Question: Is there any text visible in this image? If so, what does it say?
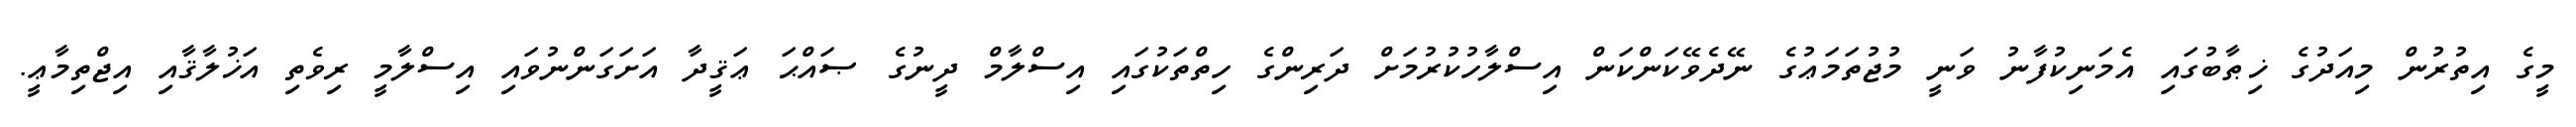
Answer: މީގެ އިތުރުން މިއަދުގެ ޚިޠާބުގައި އެމަނިކުފާނު ވަނީ މުޖުތަމަޢުގެ ނޭދެވޭކަންކަން އިސްލާހުކުރުމަށް ދަރިންގެ ހިތްތަކުގައި އިސްލާމް ދީނުގެ ޞައްޙަ ޢަޤީދާ އަށަގަންނުވައި އިސްލާމީ ރިވެތި އަޚުލާޤާއި އިޖްތިމާޢީ.